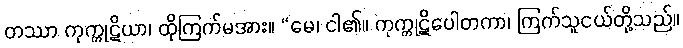
တဿာ ကုက္ကုဋိယာ၊ ထိုကြက်မအား။ “မေ၊ ငါ၏။ ကုက္ကုဋိပေါတကာ၊ ကြက်သူငယ်တို့သည်။